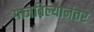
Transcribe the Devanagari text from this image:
गाजविल्यानंतर